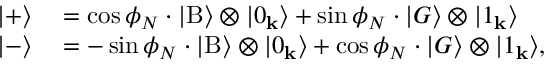
\begin{array} { r l } { | + \rangle } & { { } = \cos \phi _ { N } \cdot | \mathrm { B } \rangle \otimes | 0 _ { \bf k } \rangle + \sin \phi _ { N } \cdot | G \rangle \otimes | 1 _ { \bf k } \rangle } \\ { | - \rangle } & { { } = - \sin \phi _ { N } \cdot | \mathrm { B } \rangle \otimes | 0 _ { \bf k } \rangle + \cos \phi _ { N } \cdot | G \rangle \otimes | 1 _ { \bf k } \rangle , } \end{array}